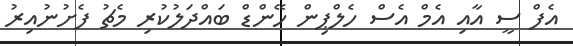
އެފް ސީ އާއި އެމް އެސް ހެލްޕިން ހޭންޑް ބައްދަލުކުރި މެޗު ފެށުނުއިރު